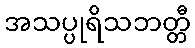
အသပ္ပုရိသဘတ္တီ